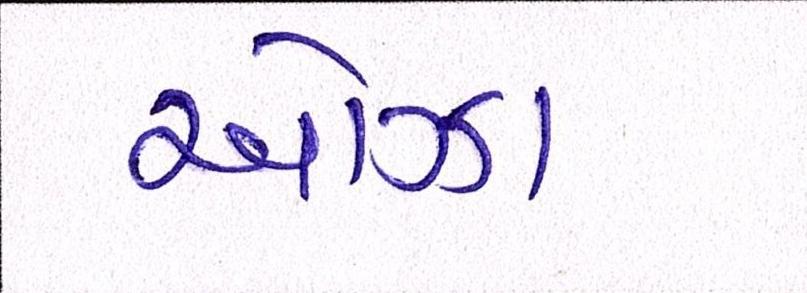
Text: ઓઝા